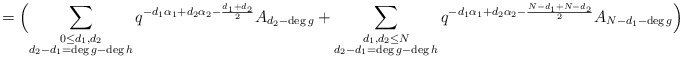
\begin{align*} = \Bigl( \sum_{\substack{0 \leq d_1,d_2 \\ d_2 -d_1 =\deg g- \deg h }}q^{ - d_1 \alpha_1+ d_2 \alpha_2- \frac{d_1+d_2}{2}} A_{d_2 -\deg g} + \sum_{\substack{ d_1,d_2 \leq N \\ d_2 -d_1 =\deg g- \deg h }}q^{ - d_1 \alpha_1+ d_2 \alpha_2- \frac{ N-d_1+N- d_2}{2}} A_{N-d_1-\deg g}\Bigr)\end{align*}